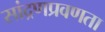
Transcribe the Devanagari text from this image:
सांद्रणप्रवणता